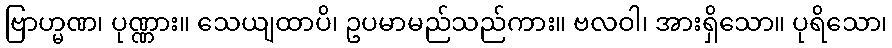
ဗြာဟ္မဏ၊ ပုဏ္ဏား။ သေယျထာပိ၊ ဥပမာမည်သည်ကား။ ဗလဝါ၊ အားရှိသော။ ပုရိသော၊